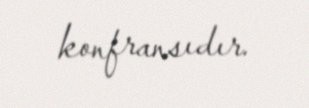
konfransıdır.